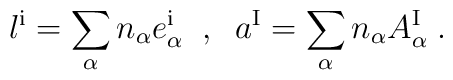
l^{\rm i}=\sum_\alpha n_\alpha {e_\alpha^{\rm i}} \;\;,\;\;a^{\rm I}=\sum_\alpha n_\alpha A_\alpha^{\rm I} \;.